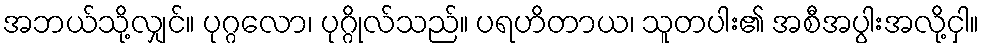
အဘယ်သို့လျှင်။ ပုဂ္ဂလော၊ ပုဂ္ဂိုလ်သည်။ ပရဟိတာယ၊ သူတပါး၏ အစီအပွါးအလို့ငှါ။